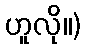
ဟူလို။)